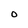
Character: O